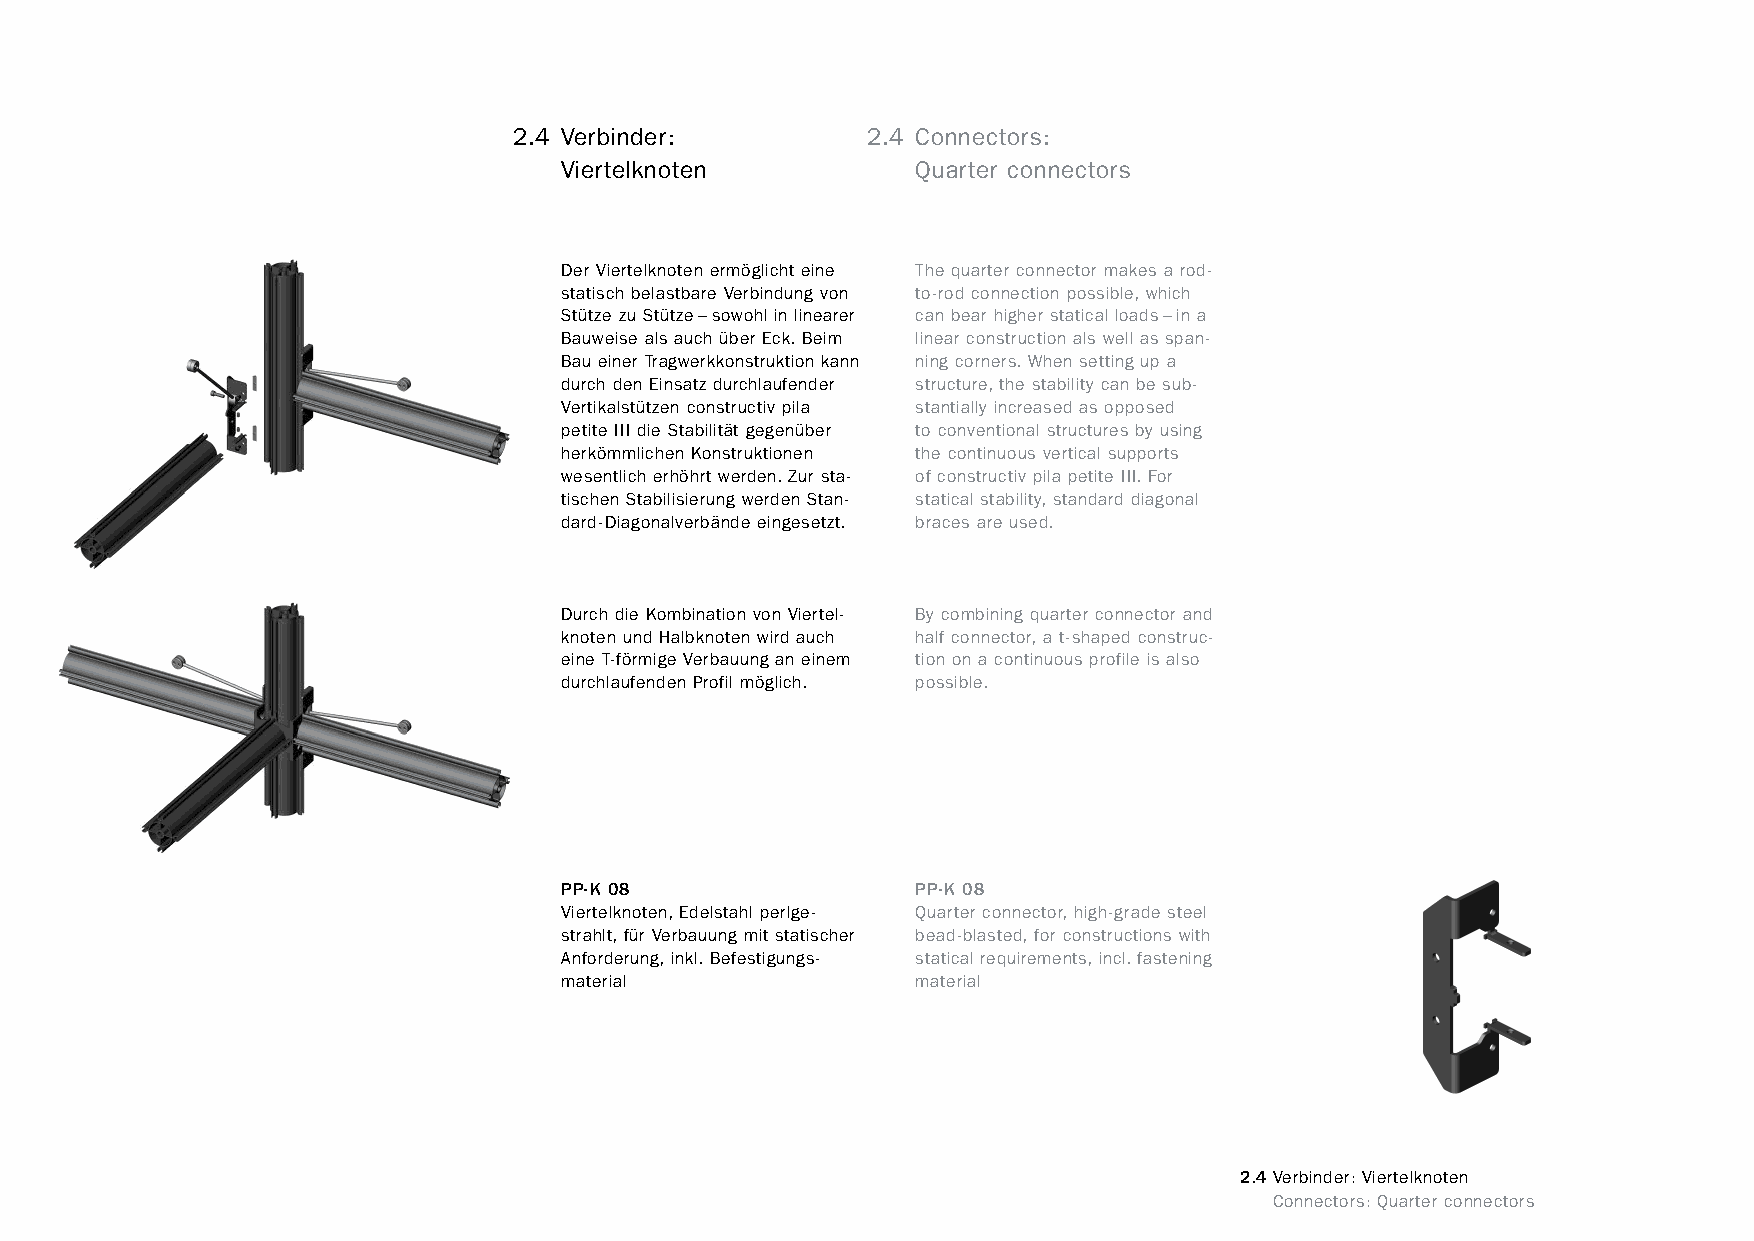
constructivpila petite        2.4 Verbinder:         2.4 Connectors:
 Viertelknoten           Quarter connectors
 Der Viertelknoten ermöglicht eine The quarter connector makes a rod-
 statisch belastbare Verbindung von to-rod connection possible, which
 Stütze zu Stütze–sowohl in linearer can bear higher statical loads–in a
 Bauweise als auch über Eck. Beim linear construction als well as span-
 Bau einer Tragwerkkonstruktion kann ning corners. When setting up a
 durch den Einsatz durchlaufender structure, the stability can be sub-
 Vertikalstützen constructiv pila stantially increased as opposed
 petite III die Stabilität gegenüber to conventional structures by using
 herkömmlichen Konstruktionen the continuous vertical supports
 wesentlich erhöhrt werden. Zur sta- of constructiv pila petite III. For
 tischen Stabilisierung werden Stan- statical stability, standard diagonal
 dard-Diagonalverbände eingesetzt. braces are used.
 Durch die Kombination von Viertel- By combining quarter connector and
 knoten und Halbknoten wird auch half connector, a t-shaped construc-
 eine T-förmige Verbauung an einem tion on a continuous profile is also
 durchlaufenden Profil möglich. possible.
 PP-K 08                 PP-K 08
 Viertelknoten, Edelstahl perlge- Quarter connector, high-grade steel
 strahlt, für Verbauung mit statischer bead-blasted, for constructions with
 Anforderung, inkl. Befestigungs- statical requirements, incl. fastening
 material                material
 2.4Verbinder: Viertelknoten
 www.burkhardtleitner.de                                                         Connectors: Quarter connectors